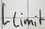
Text: Llimit